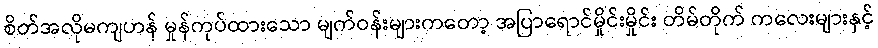
စိတ်အလိုမကျဟန် မှုန်ကုပ်ထားသော မျက်ဝန်းများကတော့ အပြာရောင်မှိုင်းမှိုင်း တိမ်တိုက် ကလေးများနှင့်